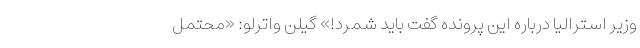
وزیر استرالیا درباره این پرونده گفت باید شمرد!» گیلن واترلو: «محتمل